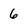
Character: 6